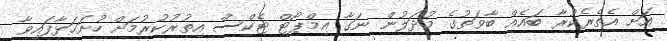
އަށް އެތެރެކުރާ ބައެއް ބާވަތުގެ މުދަލުން ނަގާ އިމްޕޯޓް ޓެކްސް އިތުރުކުރުމަށް ހުށަހަޅާފައިވާ